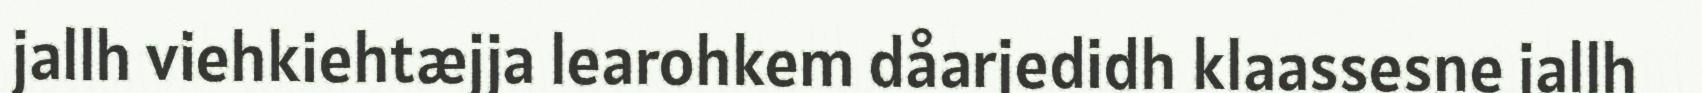
jallh viehkiehtæjja learohkem dåarjedidh klaassesne jallh